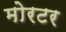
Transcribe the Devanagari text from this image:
मोरटर